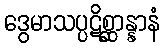
ဒွေမာသပ္ပဋိစ္ဆာန္နာနံ